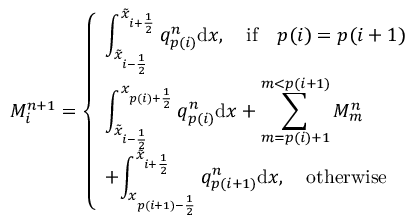
M _ { i } ^ { n + 1 } = \left\{ \begin{array} { l l } { \displaystyle { \int _ { \tilde { x } _ { i - \frac { 1 } { 2 } } } ^ { \tilde { x } _ { i + \frac { 1 } { 2 } } } q _ { p ( i ) } ^ { n } \mathrm { d } x } , \quad \mathrm { i f } \quad p ( i ) = p ( i + 1 ) } \\ { \displaystyle { \int _ { \tilde { x } _ { i - \frac { 1 } { 2 } } } ^ { x _ { p ( i ) + \frac { 1 } { 2 } } } q _ { p ( i ) } ^ { n } \mathrm { d } x + \sum _ { m = p ( i ) + 1 } ^ { m < p ( i + 1 ) } M _ { m } ^ { n } } } \\ { + \displaystyle { \int _ { x _ { p ( i + 1 ) - \frac { 1 } { 2 } } } ^ { \tilde { x } _ { i + \frac { 1 } { 2 } } } q _ { p ( i + 1 ) } ^ { n } \mathrm { d } x } , \quad \mathrm { o t h e r w i s e ~ } } \end{array} \right.